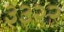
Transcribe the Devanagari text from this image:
३३२२